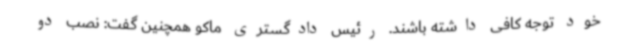
خود توجه کافی داشته باشند. رئیس دادگستری ماکو همچنین گفت:‌ نصب دو